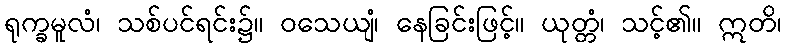
ရုက္ခမူလံ၊ သစ်ပင်ရင်း၌။ ဝသေယျံ၊ နေခြင်းဖြင့်။ ယုတ္တံ၊ သင့်၏။ ဣတိ၊